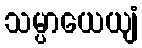
သမ္ပာယေယျံ